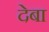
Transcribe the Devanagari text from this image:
देबा